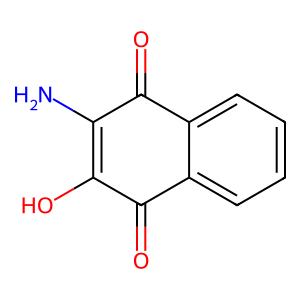
SMILES: NC1=C(O)C(=O)c2ccccc2C1=O
Inhibits HIV replication: No